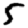
Digit: 5